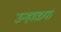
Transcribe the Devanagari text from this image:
उन्हाळ्या